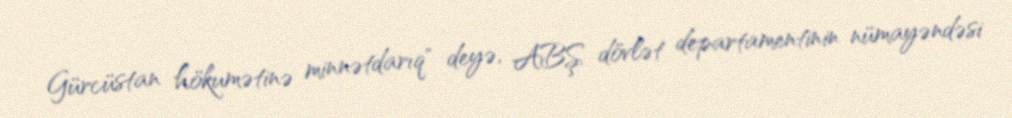
Gürcüstan hökumətinə minnətdarıq" deyə, ABŞ dövlət departamentinin nümayəndəsi